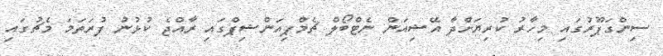
ސިންގަޕޫރުގައި މިހާރު ކުރިޔަށްދާ އޭޝިއަން ނެޓްބޯލް ޗެމްޕިއަންޝިޕްގައި ރާއްޖެ ކުޅުނު ފުރަތަމަ މެޗުގައި